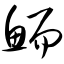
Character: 鲕